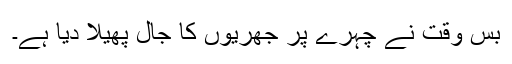
بس وقت نے چہرے پر جھریوں کا جال پھیلا دیا ہے۔